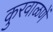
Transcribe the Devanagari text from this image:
कुरवाळणें